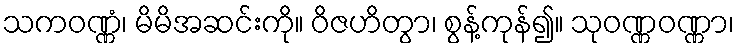
သကဝဏ္ဏံ၊ မိမိအဆင်းကို။ ဝိဇဟိတွာ၊ စွန့်ကုန်၍။ သုဝဏ္ဏဝဏ္ဏာ၊